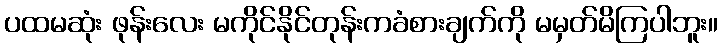
ပထမဆုံး ဖုန်းလေး မကိုင်နိုင်တုန်းကခံစားချက်ကို မမှတ်မိကြပါဘူး။